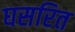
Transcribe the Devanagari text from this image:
घसरित